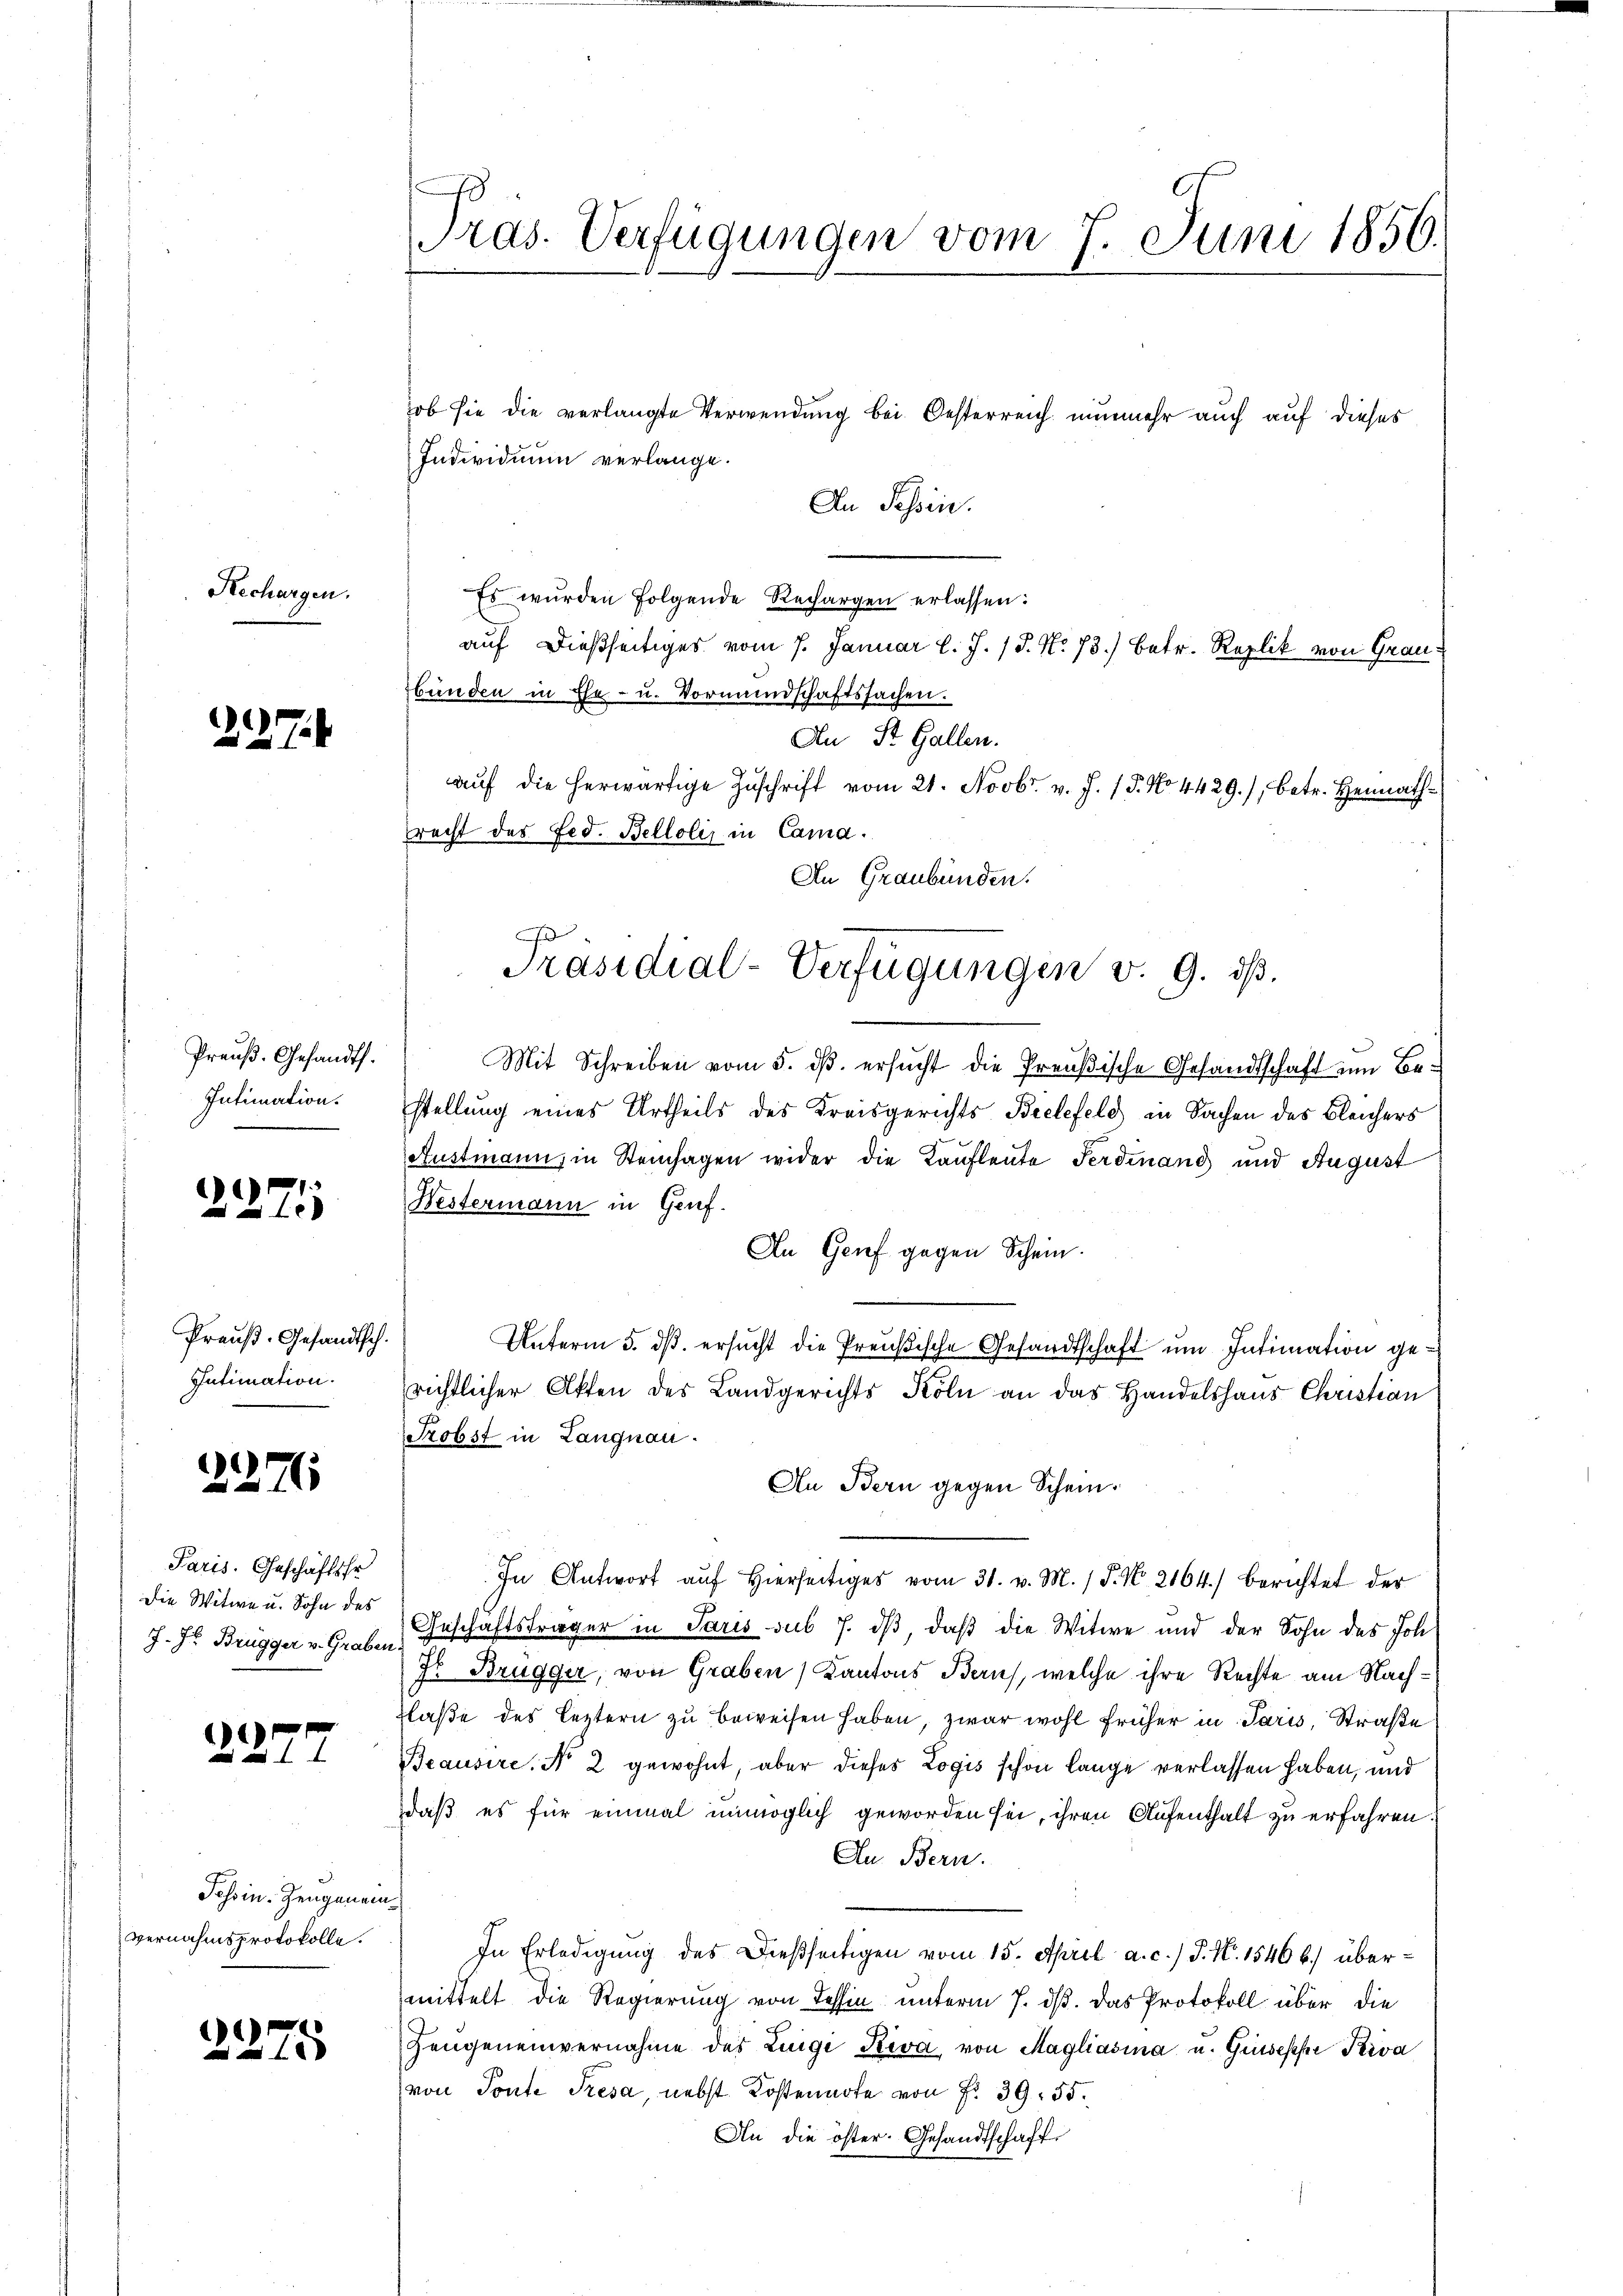
Rechargen.

227.

Preuß. Gesandts.
Intimation.
e

1
275

Preuß. Gesandtsch.
Intimation.

2276

Paris. Geschäftsfr
Die Witwe u. Sohn des
J. J. Brugger v. Graben:

2277

Tessin. Zeugenein
vernahmsprotokolle.

2275

.
ras. Verfügungen vom 7. Juni 1856.

Individuum verlange.
An Tessin.
Es wurden folgende Rechargen erlassen:
auf dießseitiges vom 7. Januar l. J. J. No. 73.) Betr. Replik von Grau
bünden in Ehe- u. Vormundschaftssachen.
An St. Gallen.
aŭf die herwärtige Zŭschrift vom 21. Novbr. v. J. 15. No 4429), betr. Heimathrecht des Fed. Bellolis in Cama.
Mit Schreiben vom 5. dß. ersucht die Preußische Gesandtschaft um Bestellung eines Urtheils des Kreisgerichts Bielefeld in Sachen des Bleichers
Austmann, in Steinhagen wider die Kaufleute Ferdinand und August
Westermann in Genf.
An Grief gegen Schein.
Unterm 5. ds. ersucht die Preußische Gesandtschaft um Intimation gerichtlicher Akten des Landgerichts Köln an das Handelshaus Christian
Srobst in Langnau.
An Bern gegen Schein.
In Antwort aŭf hierseitiges vom 31. v. M. J. N. 2164) berichtet der
Geschäftsträger in Paris sub 7. dß daß die Witwe und der Sohn des Joh.
Jo Brugger, von Graben) Kantons Baus, welche ihre Rechte am Nachflaße des Leztern zu beweisen haben, zwar wohl früher in Paris, Straße
Beausire. No 2 gewohnt, aber dieses Logis schon lange verlassen haben, und
daß es für einmal unmöglich geworden sei, ihren Aufenthalt zu erfahren
An Bern.
In Erledigung des Dießseitigen vom 15. April a. c.) P. N. 1546 b.) übermittelt die Regierung von Tessin unterm 7. ds. Das Protokoll über die
Zeugeneinvernahme des Liege Riva, von Magliasina u. Gisesche Kiva
von Tonte Tresa nebst Kostennote von Fr. 39. 55.
An die öster. Gesandtschaft

hob sie die verlangte Verwendung bei Oesterreich nunmehr auch auf dieses

An Graubünden.
Präsidial-Verfügungen v. 9. dβ.